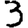
Digit: 3